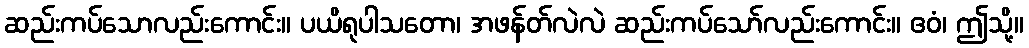
ဆည်းကပ်သောလည်းကောင်း။ ပယိရုပါသတော၊ အဖန်တ်လဲလဲ ဆည်းကပ်သော်လည်းကောင်း။ ဧဝံ၊ ဤသို့။